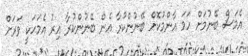
އެމަސް ބޭނުމަށް ހަމަ އާންމުކޮށް ބޭނުންކުރާ އެން ބޭނުންކުރާ އިރު އެމަހަކީ ވަރަށް